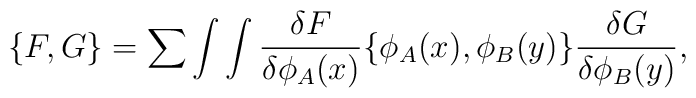
\{ F,G\} =\sum\int\int {{\delta F} \over {\delta \phi_A(x)}}\{ \phi_A(x),\phi_B(y) \} {{\delta G} \over {\delta \phi_B(y)}},